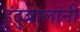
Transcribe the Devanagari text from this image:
इंदुबालांनी